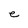
Character: e